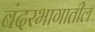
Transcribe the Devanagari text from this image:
बंदरभागातील